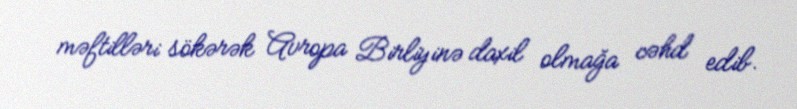
məftilləri sökərək Avropa Birliyinə daxil olmağa cəhd edib.